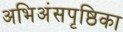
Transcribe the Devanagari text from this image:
अभिअंसपृष्ठिका